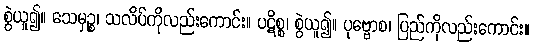
စွဲယူ၍။ သေမှဉ္စ၊ သလိပ်ကိုလည်းကောင်း။ ပဋိစ္စ၊ စွဲယူ၍။ ပုဗ္ဗောစ၊ ပြည်ကိုလည်းကောင်း။